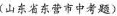
(山东省东营市中考题)